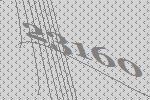
23160